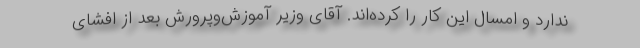
ندارد و امسال این کار را کرده‌اند. آقای وزیر آموزش‌وپرورش بعد از افشای